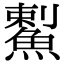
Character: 䱫